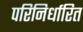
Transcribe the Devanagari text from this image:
परिनिर्धारित